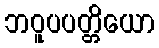
ဘဝူပပတ္တိယော